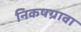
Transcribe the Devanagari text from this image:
निकषग्रावा